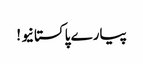
پیارے پاکستانیو !